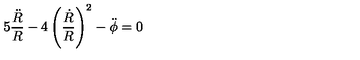
5 \frac { \ddot { R } } { R } - 4 \left( \frac { \dot { R } } { R } \right) ^ { 2 } - \ddot { \phi } = 0